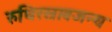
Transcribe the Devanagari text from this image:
रुधिरस्रावजन्य